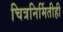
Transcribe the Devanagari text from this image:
चित्रनिर्मितीही